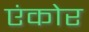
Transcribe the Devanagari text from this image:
एंकोर